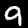
Digit: 9